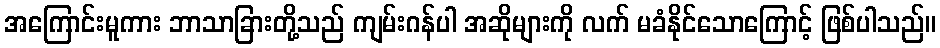
အကြောင်းမူကား ဘာသာခြားတို့သည် ကျမ်းဂန်ပါ အဆိုများကို လက် မခံနိုင်သောကြောင့် ဖြစ်ပါသည်။